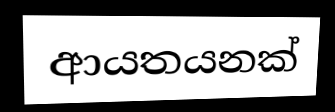
ආයතයනක්